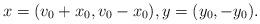
LaTeX: \begin{align*} x = (v_0 + x_0, v_0 - x_0), y = (y_0, - y_0).\end{align*}